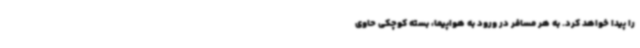
را پیدا خواهد کرد. به هر مسافر در ورود به هواپیما، بسته کوچکی حاوی